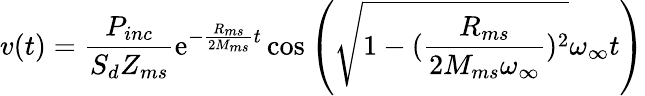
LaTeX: v(t)=\frac{P_{inc}}{S_{d}Z_{ms}}\textrm{e}^{-\frac{R_{ms}}{2M_{ms}}t}\cos\left(\sqrt{1-(\frac{R_{ms}}{2M_{ms}\omega_{\infty}})^{2}}\omega_{\infty}t\right)